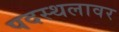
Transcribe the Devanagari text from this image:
पदस्थलावर